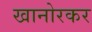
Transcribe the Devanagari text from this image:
खानोरकर